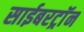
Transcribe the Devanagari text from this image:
साईबरट्राॅन